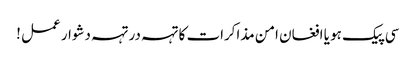
سی پیک ہو یا افغان امن مذاکرات کا تہہ در تہہ دشوار عمل !